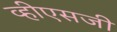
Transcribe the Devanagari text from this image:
व्हीएसजी